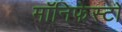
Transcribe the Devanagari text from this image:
मॉनिफेस्टो